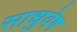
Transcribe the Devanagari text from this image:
साधुवेष